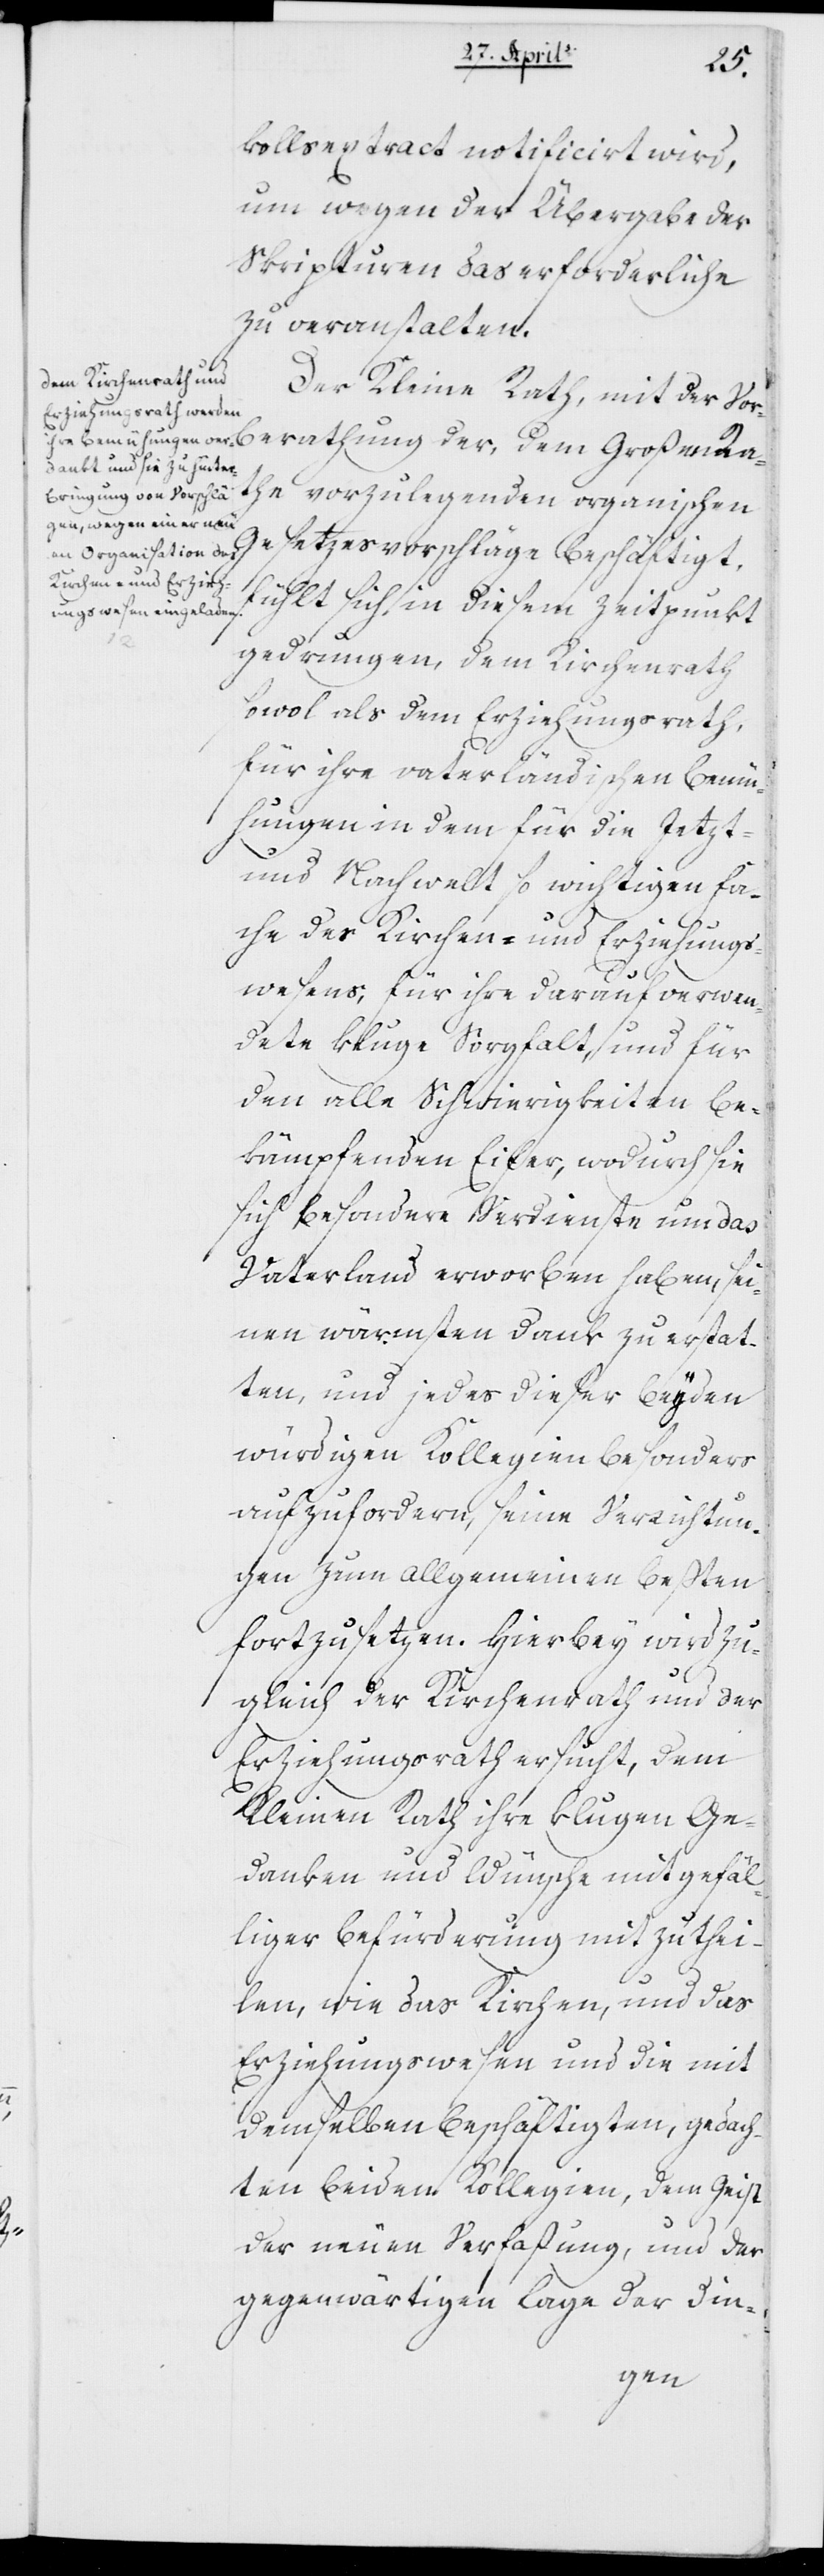
kollsextract notificiert wird
um wegen der Übergabe der
Skripturen das Erforderliche
zu veranstalten.
Der Kleine Rath, mit der V¬
orberatung der, dem Großen Ra¬
the vorzulegenden organischen
Gesetzesvorschläge beschäftigt,
fühlt sich in diesem Zeitpunkt
gedrungen, dem Kirchenrath
sowohl als dem Erziehungsrath
für ihre vaterländischen Bemü¬
hungen in dem für die Jetzt-
und Nachwelt so wichtigen Fa¬
che des Kirchen- und Erziehungs¬
wesens; für ihre darauf verwen¬
dete kluge Sorgfalt, und für
den alle Schwierigkeiten be¬
kämpfenden Eifer, wodurch sie
sich besondere Verdienste um das
Vaterland erworben haben, sei¬
nen wärmsten Dank zu erstat¬
ten, und jedes dieser beyden
würdigen Kollegien besonders
aufzufordern, seine Verrichtun¬
gen zum allgemeinen Besten
fortzusetzen. Hierbey wird zu¬
gleich der Kirchenrath und der
Erziehungsrath ersucht, dem
Kleinen Rath ihre klugen Ge¬
danken und Wünsche mit gefäl¬
liger Befürderung mitzuthei¬
len, wie das Kirchen- und das
Erziehungswesen und die mit
demselben beschäftigten, gedach¬
ten beyden Kollegien, dem Geist
der neuen Verfaßung, und der
gegenwärtigen Lage der Din-